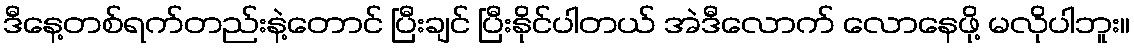
ဒီနေ့တစ်ရက်တည်းနဲ့တောင် ပြီးချင် ပြီးနိုင်ပါတယ် အဲဒီလောက် လောနေဖို့ မလိုပါဘူး။